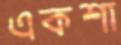
একশা